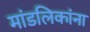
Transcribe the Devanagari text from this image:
मांडलिकांना